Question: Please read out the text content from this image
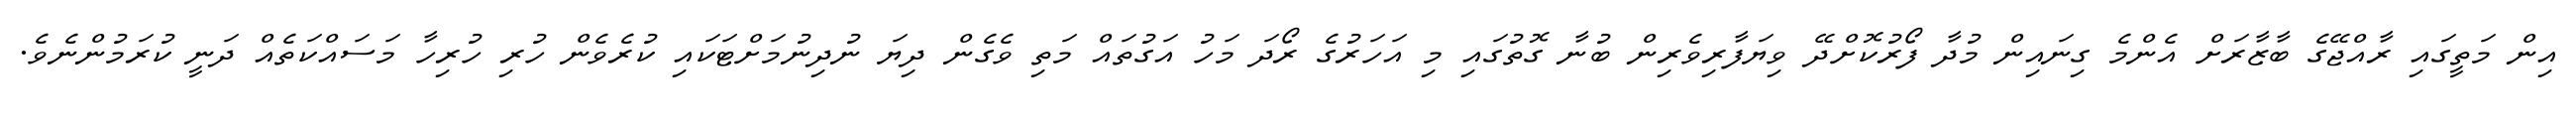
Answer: އިން މަތީގައި ރާއްޖޭގެ ބާޒާރަށް އެންމެ ގިނައިން މުދާ ފޯރުކޮށްދޭ ވިޔަފާރިވެރިން ބުނާ ގޮތުގައި މި އަހަރުގެ ރޯދަ މަހު އަގުތައް މަތި ވެގެން ދިޔަ ނުދިނުމަށްޓަކައި ކުރެވެން ހުރި ހުރިހާ މަސައްކަތެއް ދަނީ ކުރަމުންނެވެ.